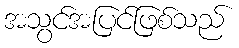
အသွင်အပြင်ဖြစ်သည်